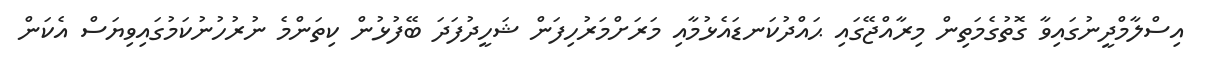
އިސްލާމްދީނުގައިވާ ގޮތުގެމަތިން މިރާއްޖޭގައި ޙައްދުކަނޑައެޅުމާއި މަރަށްމަރުހިފަން ޝަހީދުފަދަ ބޭފުޅުން ކިތަންމެ ނުރުހުނުކަމުގައިވިޔަސް އެކަން